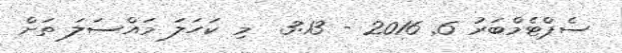
ސެޕްޓެމްބަރު 6